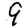
Digit: 9